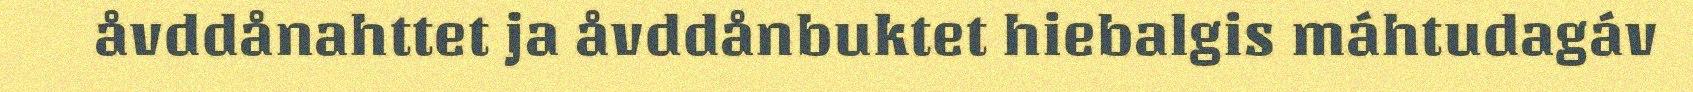
åvddånahttet ja åvddånbuktet hiebalgis máhtudagáv